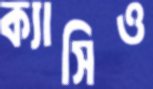
ক্যাসিও